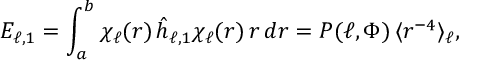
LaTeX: E _ { \ell , 1 } = \int _ { a } ^ { b } \chi _ { \ell } ( r ) \, \hat { h } _ { \ell , 1 } \chi _ { \ell } ( r ) \, r \, d r = P ( \ell , \Phi ) \, \langle r ^ { - 4 } \rangle _ { \ell } ,